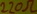
Text: 220Ω